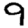
Digit: 9